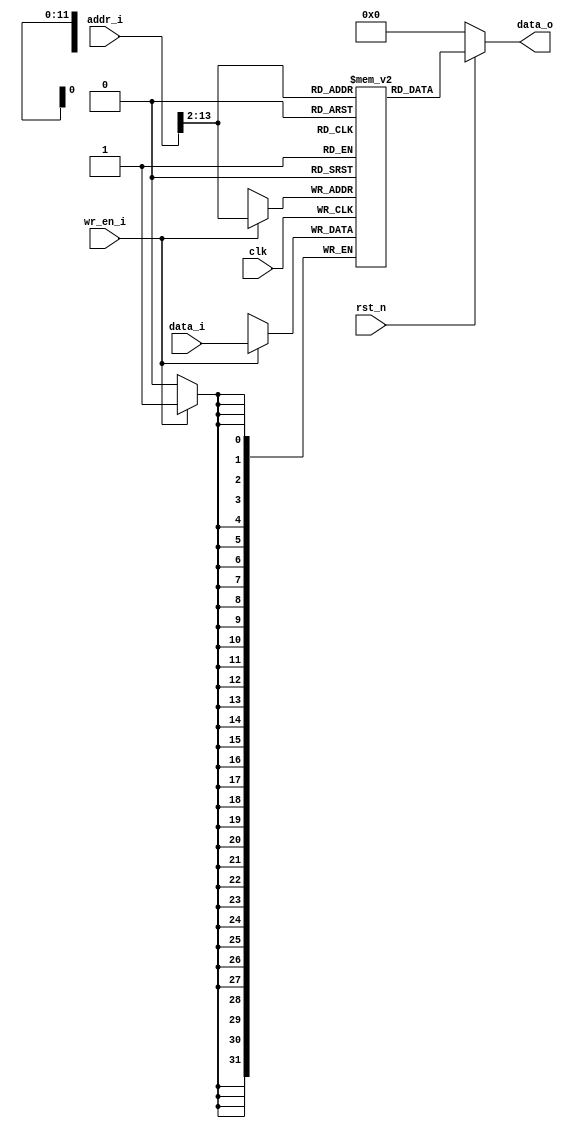
module ram(
input clk,
input rst_n,
input wr_en_i,
input [31:0] addr_i,
input [31:0] data_i,
output reg [31:0] data_o
); //store the data

reg [31:0] ram[0:4095];  // not enough for 32 bits

always@(posedge clk) begin
	if(wr_en_i == 1) begin
		ram[addr_i[31:2]] <= data_i;   //  only check words
	end
end  

always@(*) begin
	if (rst_n == 0) begin
		data_o = 0;
	end else begin
		data_o = ram[addr_i[31:2]];
	end
end
endmodule